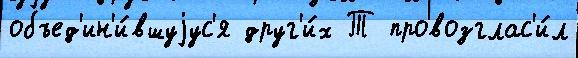
объед'ин'и́вшуjус'я друг'и́х Т провозглас'и́л